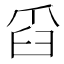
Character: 𦥝